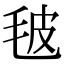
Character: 𣬼